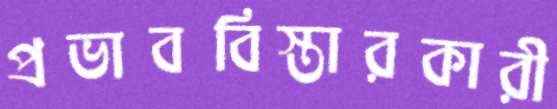
প্রভাববিস্তারকারী